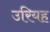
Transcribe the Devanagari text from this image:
उरियह